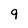
Character: 9